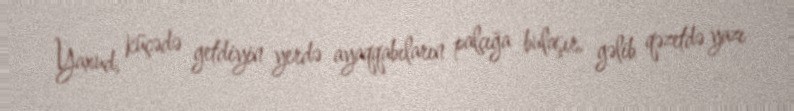
Yaxud, küçədə getdiyin yerdə ayaqqabıların palçığa bulaşır, gəlib qəzetdə yazı